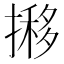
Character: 𢴐